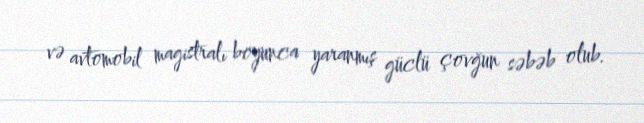
və avtomobil magistralı boyunca yaranmış güclü çovğun səbəb olub.